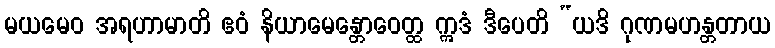
မယမေဝ အရဟာမာတိ ဧဝံ နိယာမေန္တောဝေတ္ထ ဣဒံ ဒီပေတိ “ယဒိ ဂုဏမဟန္တတာယ